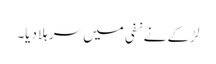
لڑکے نے نفی میں سر ہلا دیا۔